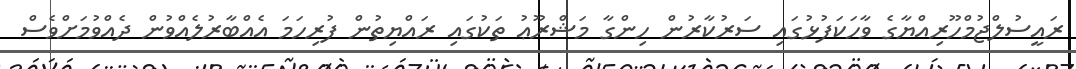
ރައީސުލްޖުމްހޫރިއްޔާގެ ވާހަކަފުޅުގައި ސަރުކާރުން ހިންގާ މަޝްރޫޢު ތަކުގައި ރައްޔިތުން ފުރިހަމަ އެއްބާރުލެއްވުން ދެއްވުމަށްވެސް